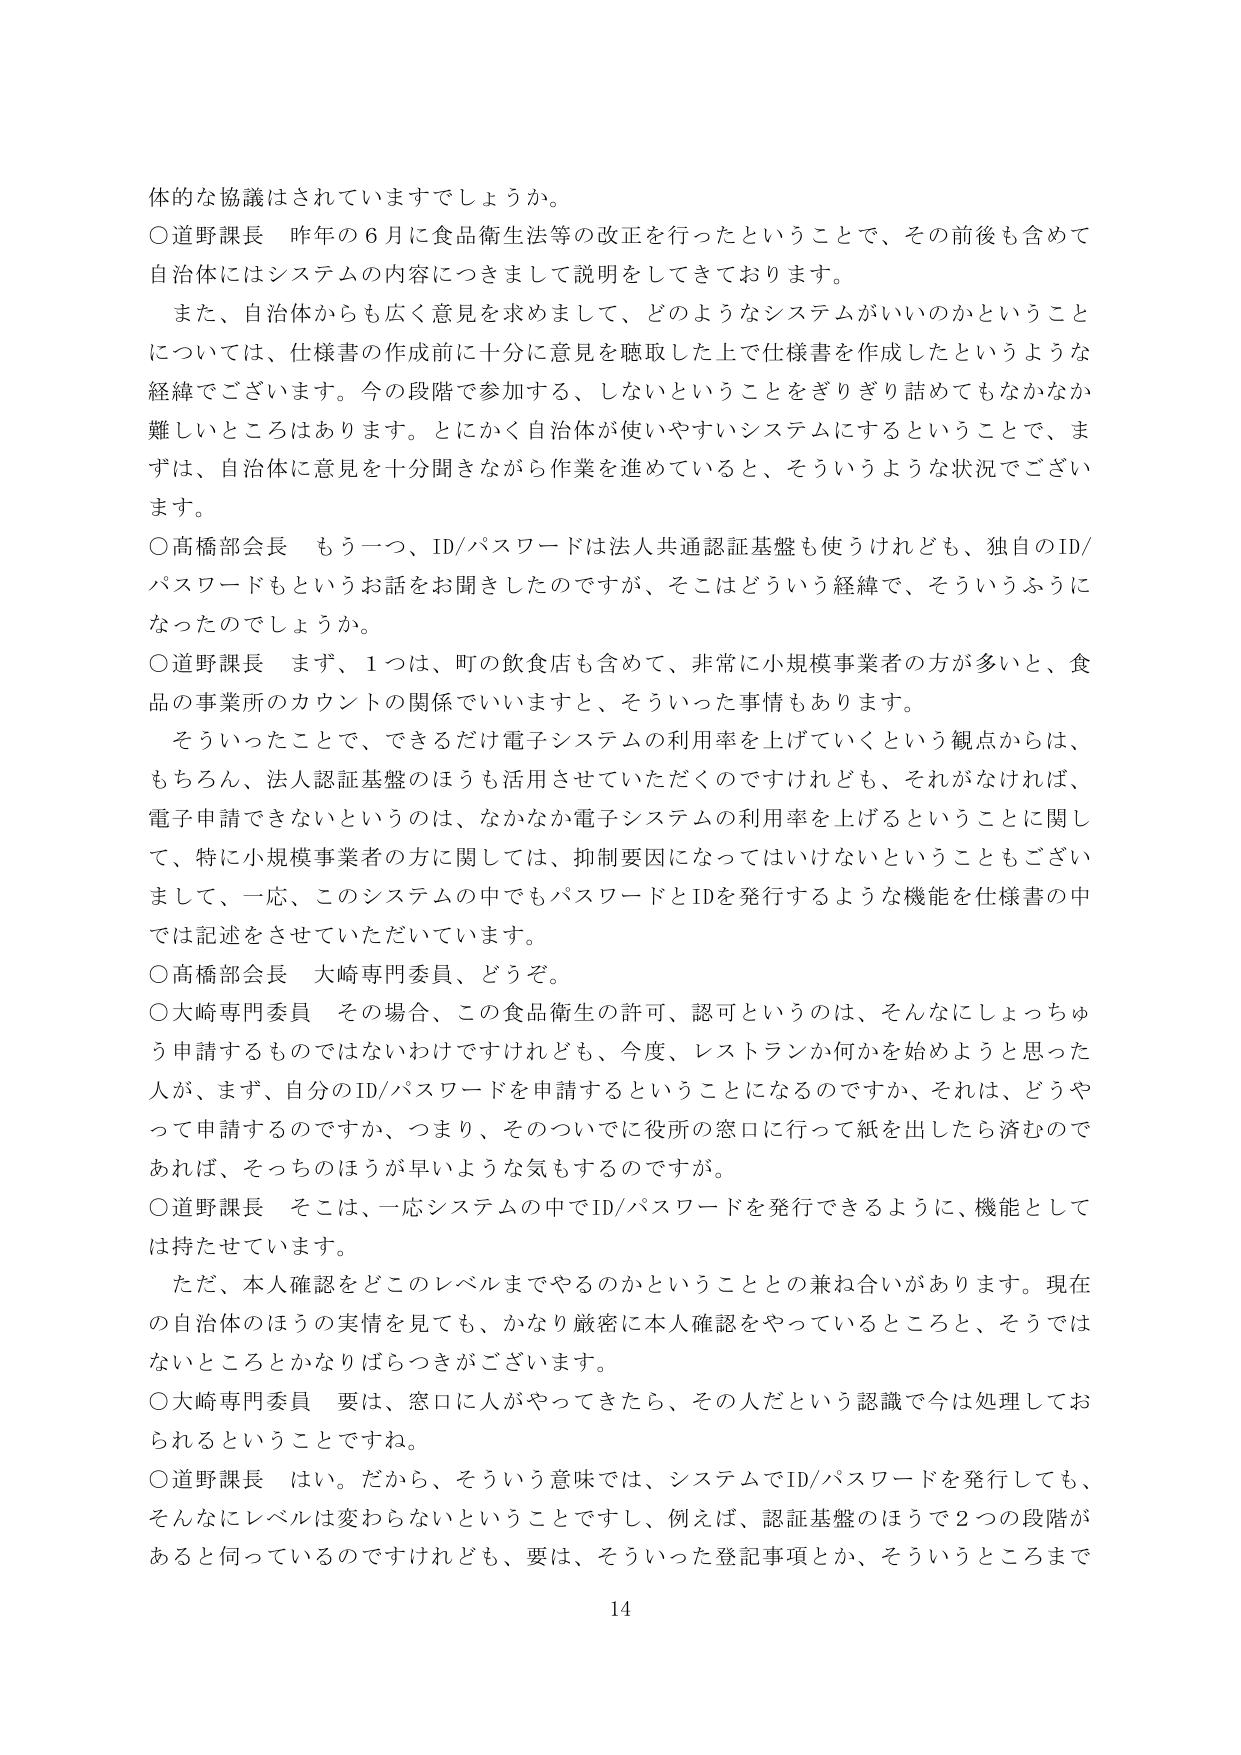
体的な協議はされていますでしょうか。

○道野課長　昨年の６月に食品衛生法等の改正を行ったということで、その前後も含めて自治体にはシステムの内容につきまして説明をしてきております。

　また、自治体からも広く意見を求めまして、どのようなシステムがいいのかということについては、仕様書の作成前に十分に意見を聴取した上で仕様書を作成したというような経緯でございます。今の段階で参加する、しないということをぎりぎり詰めてもなかなか難しいところはあります。とにかく自治体が使いやすいシステムにすることで、まずは、自治体に意見を十分聞きながら作業を進めていると、そういうような状況でございます。

○高橋部会長　もう一つ、ID/パスワードは法人共通認証基盤も使うけれども、独自のID/パスワードもというお話をお聞きしたのですが、そこはどういう経緯で、そういうふうになったのでしょうか。

○道野課長　まず、１つは、町の飲食店も含めて、非常に小規模事業者の方が多くと、食品の事業所のカウントの関係でいますと、そういった事情もあります。

　そういったことで、できるだけ電子システムの利用率を上げていくという観点からは、もちろん、法人認証基盤のほうも活用させていただくのですけれども、それがなければ、電子申請できないというのは、なかなか電子システムの利用率を上げるということに関して、特に小規模事業者の方に関しては、抑制要因になってはいけないということもございまして、一応、このシステムの中でもパスワードとIDを発行するような機能を仕様書の中では記述をさせていただいています。

○高橋部会長　大崎専門委員、どうぞ。

○大崎専門委員　その場合、この食品衛生の許可、認可というのは、そんなにしょっちゅう申請するものではないわけですがけれども、今度、レストランか何かを始めようと思った人が、まず、自分のID/パスワードを申請するということになるのですか、それは、どうやって申請するのですか、つまり、そのついでに役所の窓口に行って紙を出したら済むのであれば、そっちのほうが早いような気もするのですが。

○道野課長　そこは、一応システムの中でID/パスワードを発行できるように、機能としては持たせています。

　ただ、本人確認をどこのレベルまでやるのかということとの兼ね合いがあります。現在の自治体のほうの実情を見ても、かなり厳密に本人確認をやっているところと、そうではないところとかなりばらつきがございます。

○大崎専門委員　要は、窓口に人がやってきたら、その人だという認識で今は処理しておられるということですね。

○道野課長　はい。だから、そういう意味では、システムでID/パスワードを発行しても、そんなにレベルは変わらないということですし、例えば、認証基盤のほうで２つの段階があると伺っているのですけれども、要は、そういった登記事項とか、そういうところまで

14